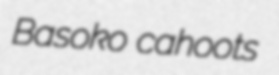
Basoko cahoots